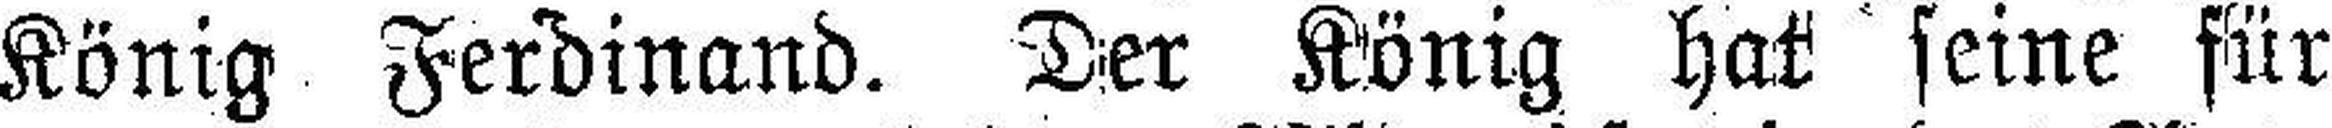
König Ferdinand. Der König hat seine für